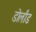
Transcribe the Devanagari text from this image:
डोर्लांड